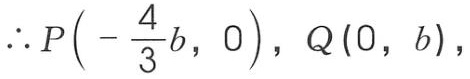
\(\therefore P\left(-\frac{4}{3}b,\ 0\right),\ Q(0,\ b),\)